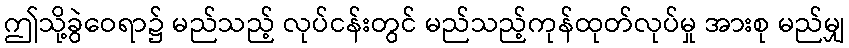
ဤသို့ခွဲဝေရာ၌ မည်သည့် လုပ်ငန်းတွင် မည်သည့်ကုန်ထုတ်လုပ်မှု အားစု မည်မျှ